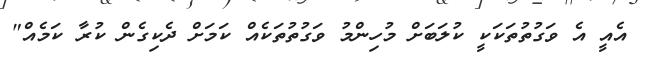
އެއީ އެ ވަގުތުތަކަކީ ކުލަބަށް މުހިންމު ވަގުތުތަކެއް ކަމަށް ދެކިގެން ކުރާ ކަމެއް"